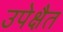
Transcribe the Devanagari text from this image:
उपेक्षैत